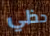
حظي